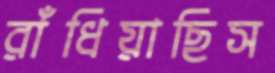
রাঁধিয়াছিস